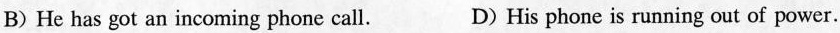
B) He has got an incoming phone call. D) His phone is running out of power.